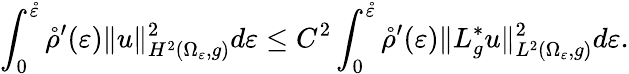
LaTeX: \int_{0}^{\mathring\varepsilon}\mathring\rho^{\prime}(\varepsilon)\| u\| _{H^{2}(\Omega_{\varepsilon},g)}^{2}d\varepsilon\leq C^{2}\int_{0}^{\mathring\varepsilon}\mathring\rho^{\prime}(\varepsilon)\| L_{g}^{*}u\| _{L^{2}(\Omega_{\varepsilon},g)}^{2}d\varepsilon.